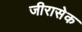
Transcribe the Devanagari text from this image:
जीरासेक